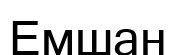
Емшан